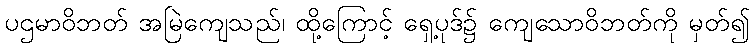
ပဌမာဝိဘတ် အမြဲကျေသည်၊ ထို့ကြောင့် ရှေ့ပုဒ်၌ ကျေသောဝိဘတ်ကို မှတ်၍